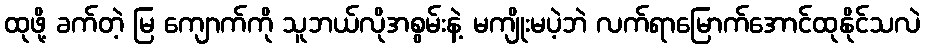
ထုဖို့ ခက်တဲ့ မြ ကျောက်ကို သူဘယ်လိုအစွမ်းနဲ့ မကျိုးမပဲ့ဘဲ လက်ရာမြောက်အောင်ထုနိုင်သလဲ